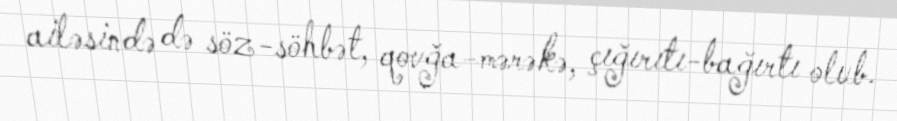
ailəsində də söz-söhbət, qovğa-mərəkə, çığırıtı-bağırtı olub.